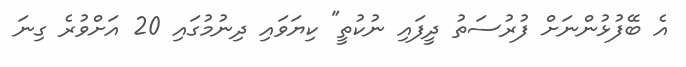
އެ ބޭފުޅުންނަށް ފުރުސަތު ދީފައި ނުކުތީ" ކިޔަވައި ދިނުމުގައި 20 އަށްވުރެ ގިނަ